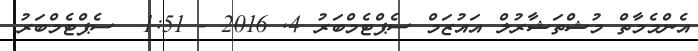
އެންމެމާތް މުޝްތަޝާރުލް އައުޒަމް ސެޕްޓެމްބަރު 4